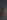
و